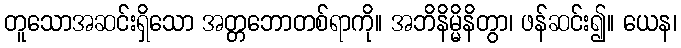
တူသောအဆင်းရှိသော အတ္တဘောတစ်ရာကို။ အဘိနိမ္မိနိတွာ၊ ဖန်ဆင်း၍။ ယေန၊